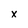
Character: x